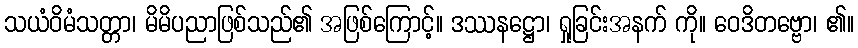
သယံဝိမံသတ္တာ၊ မိမိပညာဖြစ်သည်၏ အဖြစ်ကြောင့်။ ဒဿနဋ္ဌော၊ ရှုခြင်းအနက် ကို။ ဝေဒိတဗ္ဗော၊ ၏။